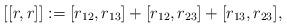
LaTeX: \begin{align*}[[r,r]]:=[r_{12},r_{13}]+[r_{12},r_{23}]+[r_{13},r_{23}],\end{align*}